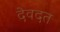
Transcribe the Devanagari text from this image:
देवदत